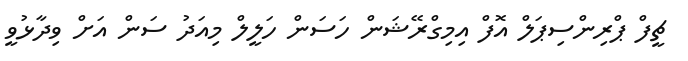
ޗީފް ޕްރިންސިޕަލް އޮފް އިމިގްރޭޝަން ހަސަން ހަލީލް މިއަދު ސަން އަށް ވިދާޅުވީ